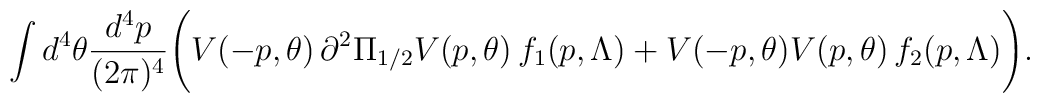
\int d^4\theta \frac{d^4p}{(2\pi)^4}\Bigg(V(-p,\theta)\, \partial^2 \Pi_{1/2} V(p,\theta)\,f_1(p,\Lambda)+ V(-p,\theta) V(p,\theta)\,f_2(p,\Lambda) \Bigg).